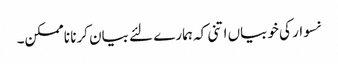
نسوار کی خوبیاں اتنی کہ ہمارے لئے بیان کرنا ناممکن۔